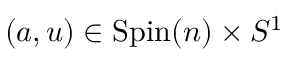
( a , u ) \in \mathrm { S p i n } ( n ) \times S ^ { 1 }